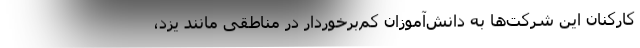
کارکنان این شرکت‌ها به دانش‌آموزان کم‌برخوردار در مناطقی مانند یزد،